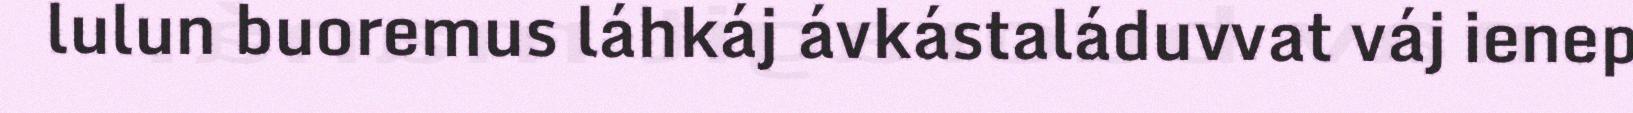
lulun buoremus láhkáj ávkástaláduvvat váj ienep